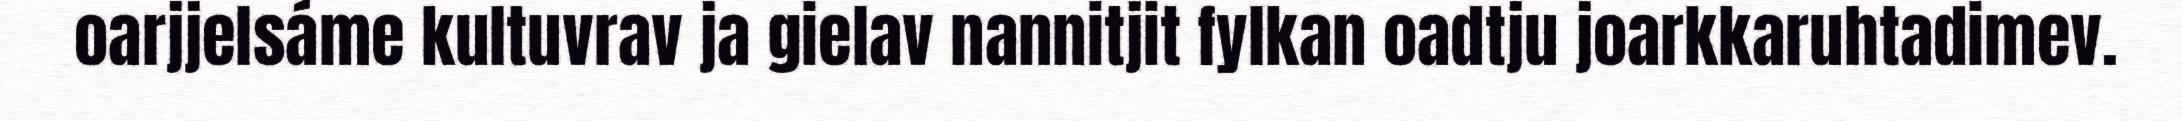
oarjjelsáme kultuvrav ja gielav nannitjit fylkan oadtju joarkkaruhtadimev.